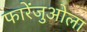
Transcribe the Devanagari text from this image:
फारेंजुओला